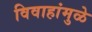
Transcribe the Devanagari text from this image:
विवाहांमुळे